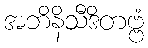
အဘိနိသီဒိတဗ္ဗံ